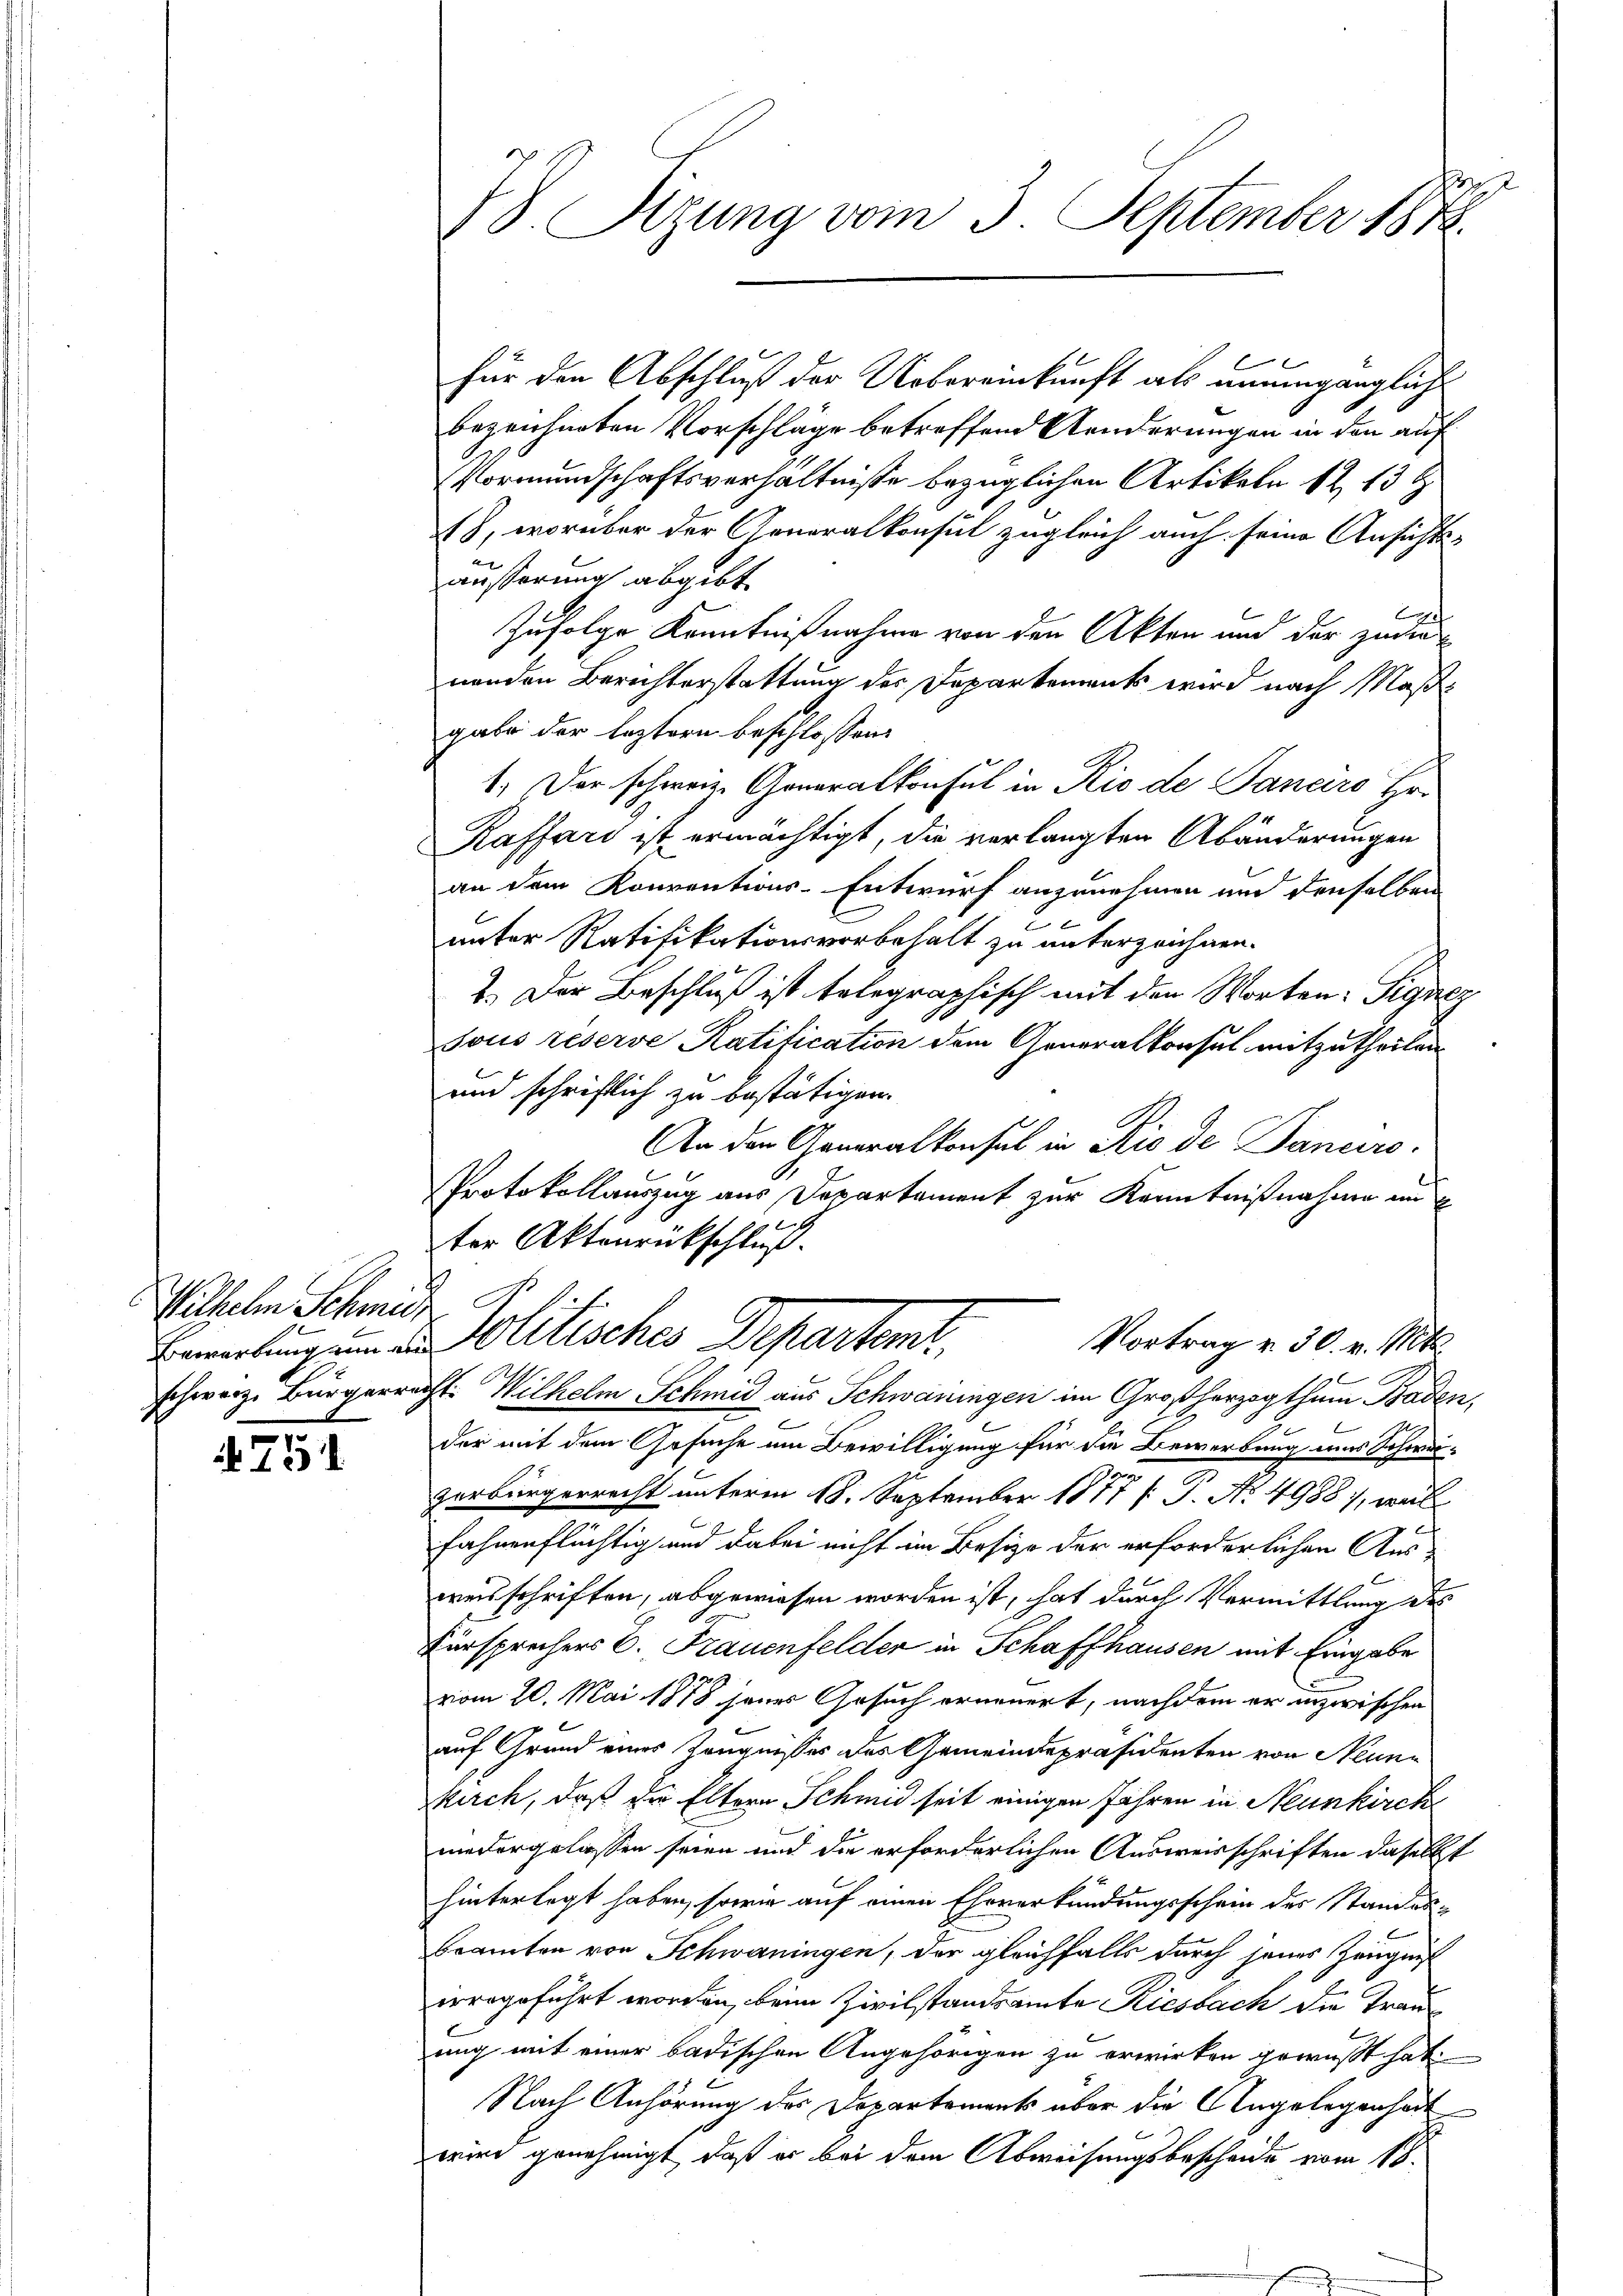
Wilhelm Schmide
Bewerbung an die
.
schweiz. Bürgerre

751.

he
78. Sizung vom 3. September 1848.

für den Abschluß der Uebereinkunft als unumgänglich
bezeichneten Vorschläge betreffend Aenderungen in den auf
Vormundschaftsverhältnisse bezüglichen Artikeln 12 13 t
1), worüber der Generalkonsul zugleich auch seine Ansichts-
äusserung abgibt
Zufolge Kenntnißnahme von den Akten und der zudinenden Berichterstattung der Departements wird nach Maßgabe der leztern beschlossen:
1. Der schweiz. Generalkonsul in Rio de Janaro Hr.
Raffard ist ermächtigt, die verlangten Abänderungen
an dem Konventions-Entwurf anzunehmen und denselben
unter Ratifikationsvorbehalt zu unterzeichnen.
2.) Der Beschluß ist telegraphisch mit den Worten: Signez
sous réserve Ratification dem Generalkonsul mitzutheilen.
und schriftlich zu bestätigen.
An den Generalkonsul in Rio de Januro.
Protokollauszug aus Departament zur Kenntnißnahme im
ter Aktenrückschluß.
Politisches Departen
Vortrag v. 30. v. Mts.
ist. Wilhelm Schmid aus Schwaningen im Großherzogthum Baden,
der mit dem Gesuche um Bewilligung für die Bewerbung aus Schwei¬
3
7.
zerbürgerrecht unterm 18. September 1871 / S. No 4988, weil
fahnenflüchtig und dabei nicht im Besize der erforderlichen Aus-
weisschriften, abgewiesen worden ist, hat durch Vermittlung des
Fürsprechers E. Frauenfelder in Schaffhausen mit Eingabe
vom 20. Mai 1878 jener Gesuch erneuert, nachdem er inzwischen
auf Grund eines Zeugnisses des Gemeindspräsidenten von Neun¬
Kirch, daß die Eltern Schmid seit einigen Jahren in Neunkirchs
niedergelassen seien und die erforderlichen Ausweisschriften daselbst
hinterlegt haben, sowie auf einen Eheverkündungsschein des Standes-
beamten von Schwaningen, der gleichfalls durch seines Zeugniß
irrogeführt worden, beim Zivilstandsamte Riesbach die Tranung mit einer badischen Angehörigen zu erwirken gewusst hat.
Nach Anhörung des Dopartements über die Angelegenheit
wird genehmigt, daß er bei dem Abweisungsbescheide vom 18.